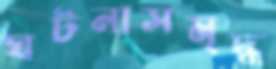
ঘটনাসমৃদ্ধ